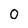
Character: O